画像に写った文字を読んでください
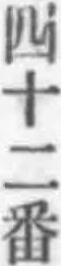
「四十二番」と書いてあります